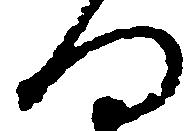
向